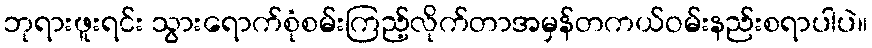
ဘုရားဖူးရင်း သွားရောက်စုံစမ်းကြည့်လိုက်တာအမှန်တကယ်ဝမ်းနည်းစရာပါပဲ။